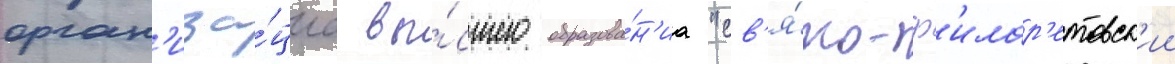
орган'иза́циа вы́сшего образова́н'иа "св'я́то-ф'илар'етовск'ии